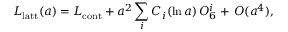
{ \cal L } _ { \mathrm { l a t t } } ( a ) = { \cal L } _ { \mathrm { c o n t } } + a ^ { 2 } \sum _ { i } C _ { i } ( \ln a ) \, { \cal O } _ { 6 } ^ { i } + \, O ( a ^ { 4 } ) ,